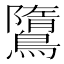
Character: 𪅿